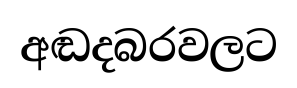
අඬදබරවලට